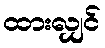
ထားလျှင်